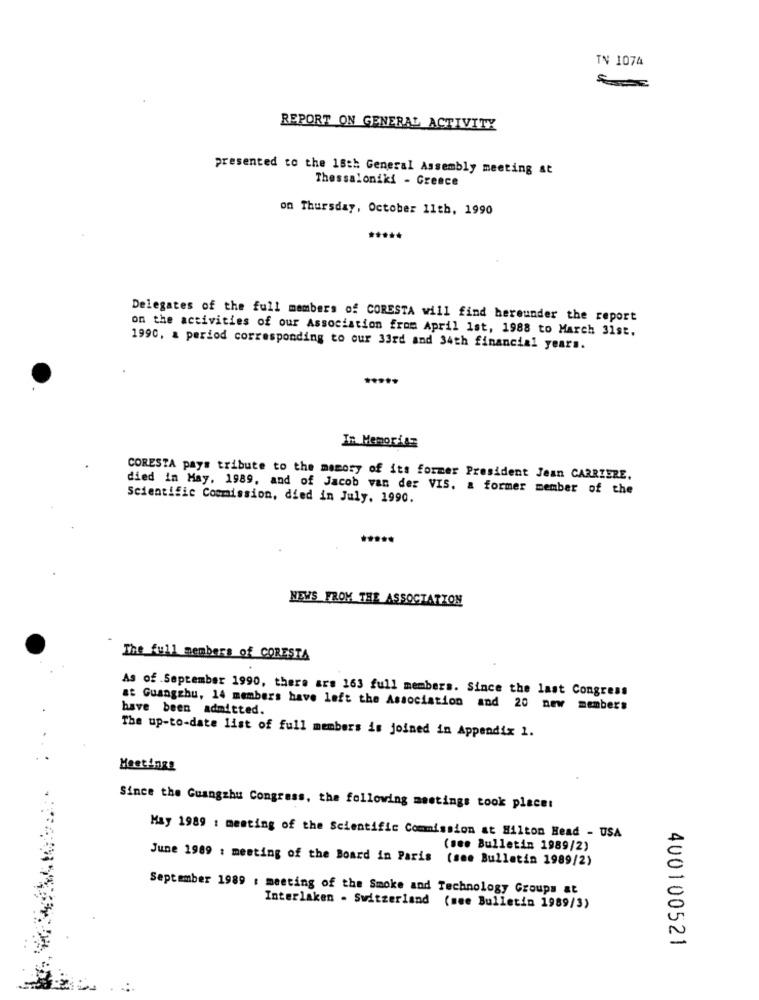
TV 1074
REPORT ON GENERAL ACTIVITY
presented to the 18th General Assembly meeting at
Thessaloniki - Greece
on Thursday, October 11th, 1990
*****
Delegates of the full members of CORESTA will find hereunder the report
on the activities of our Association from April 1st, 1988 to March 31st.
1990, a period corresponding to our 33rd and 34th financial years.
In Memoriaz
CORESTA pays tribute to the memory of its former President Jean CARRIERE.
died in May, 1989, and of Jacob van der VIS. a former member of the
Scientific Commission, died in July, 1990.
NEWS FROM THE ASSOCIATION
The full members of CORESTA
As of .September 1990, there are 163 full members. Since the last Congress
at Guangzhu, 14 members have left the Association and 20 new members
have been admitted.
The up-to-date list of full members is joined in Appendix 1.
Meetings
Since the Guangzhu Congress, the following meetings took placet
May 1989 : meeting of the Scientific Commission at Hilton Head - USA
(see Bulletin 1989/2)
June 1989 : meeting of the Board in Paris
(see Bulletin 1989/2)
September 1989 : meeting of the Smoke and Technology Groups at
Interlaken - Switzerland (see Bulletin 1989/3)
400100521